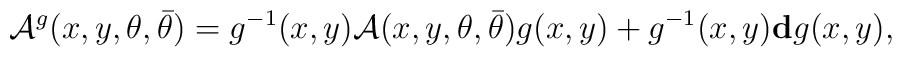
{\cal A}^g(x,y,\theta,\bar{\theta})=g^{-1}(x,y) {\cal A}(x,y,\theta,\bar{\theta})g(x,y) +g^{-1}(x,y){\bf d}g(x,y),